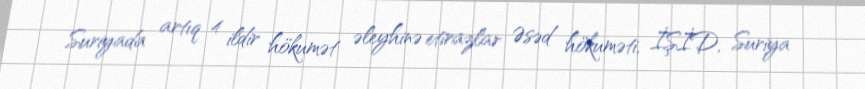
Suriyada artıq 4 ildir hökumət əleyhinə etirazlar Əsəd hökuməti, İŞİD, Suriya